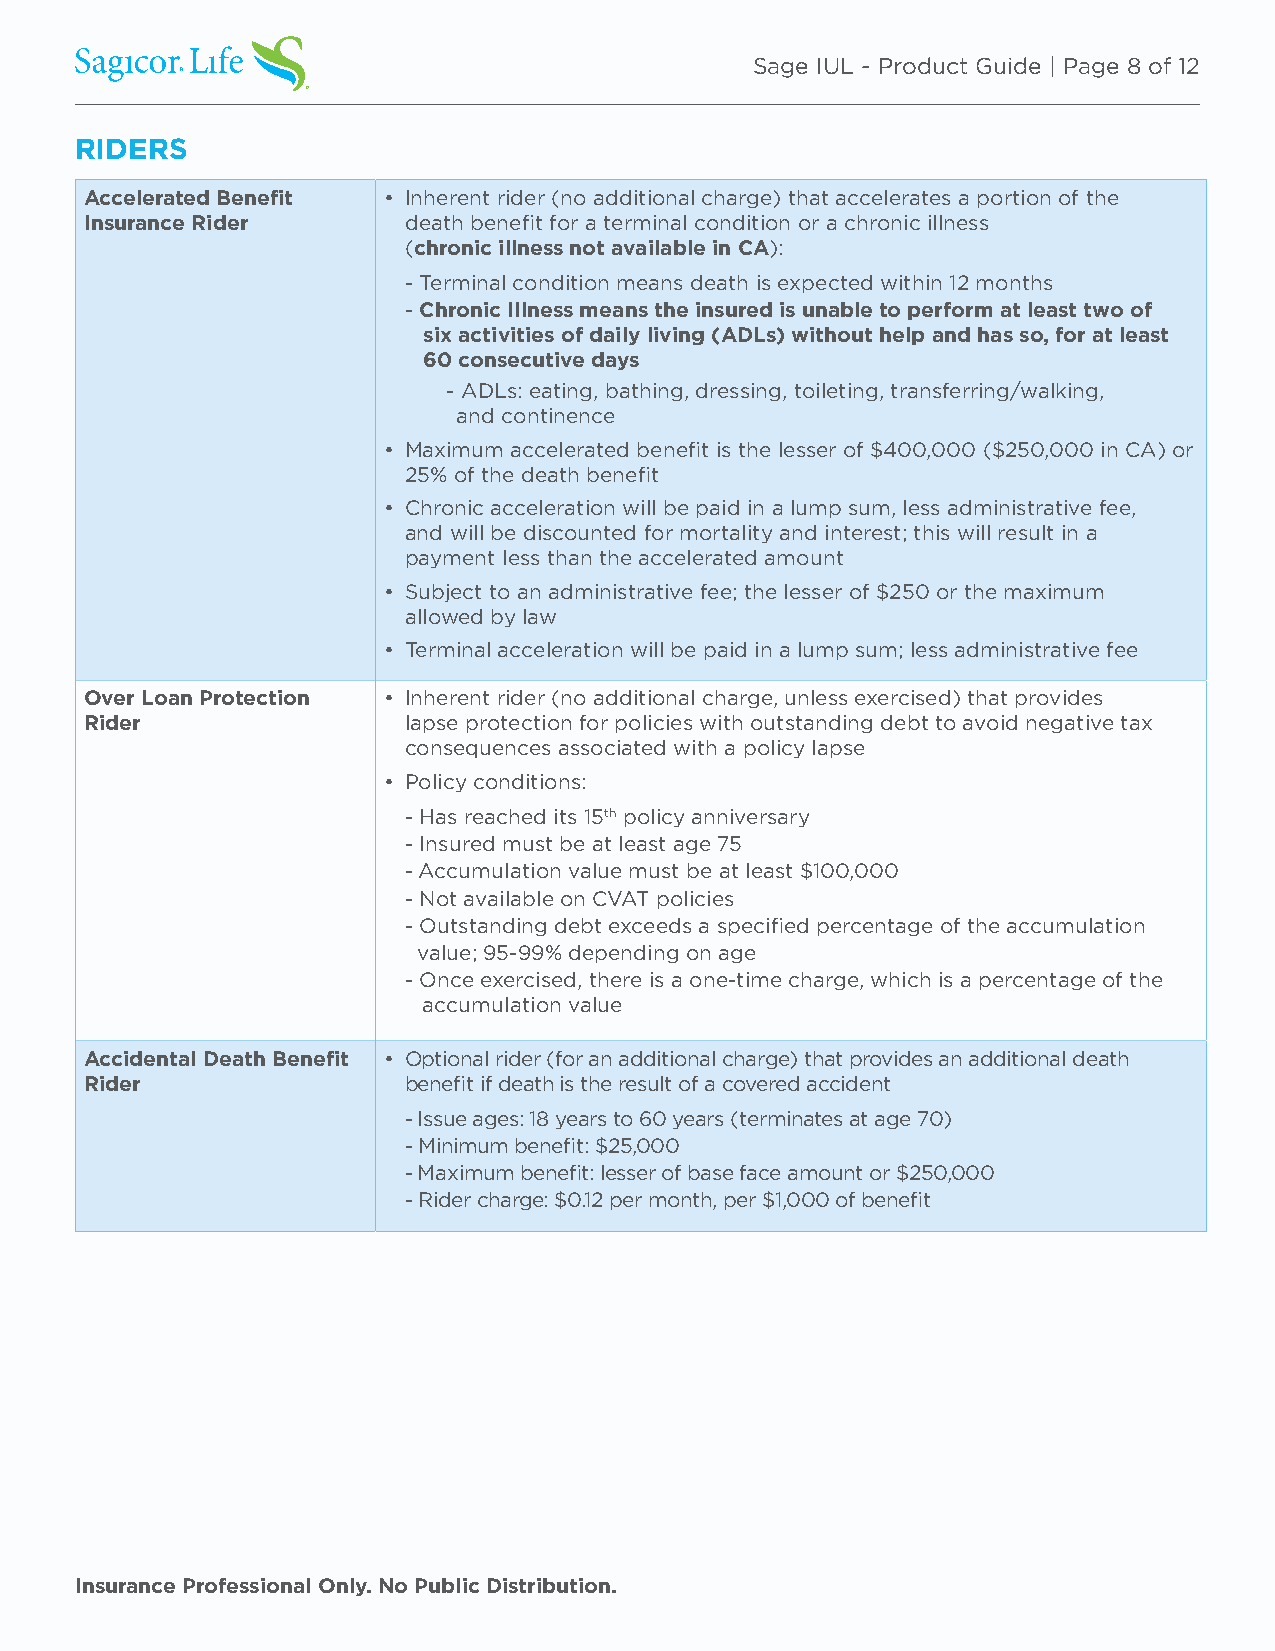
Sage IUL - Product Guide | Page 8 of 12
 RIDERS
 Accelerated Benefit • Inherent rider (no additional charge) that accelerates a portion of the
 Insurance Rider      death benefit for a terminal condition or a chronic illness
 (chronic illness not available in CA):
 - Terminal condition means death is expected within 12 months
 - Chronic Illness means the insured is unable to perform at least two of
 six activities of daily living (ADLs) without help and has so, for at least
 60 consecutive days
 - ADLs: eating, bathing, dressing, toileting, transferring/walking,
 and continence
 • Maximum accelerated benefit is the lesser of $400,000 ($250,000 in CA) or
 25% of the death benefit
 • Chronic acceleration will be paid in a lump sum, less administrative fee,
 and will be discounted for mortality and interest; this will result in a
 payment less than the accelerated amount
 • Subject to an administrative fee; the lesser of $250 or the maximum
 allowed by law
 • Terminal acceleration will be paid in a lump sum; less administrative fee
 Over Loan Protection • Inherent rider (no additional charge, unless exercised) that provides
 Rider                lapse protection for policies with outstanding debt to avoid negative tax
 consequences associated with a policy lapse
 • Policy conditions:
 - Has reached its 15th policy anniversary
 - Insured must be at least age 75
 - Accumulation value must be at least $100,000
 - Not available on CVAT policies
 - Outstanding debt exceeds a specified percentage of the accumulation
 value; 95-99% depending on age
 - Once exercised, there is a one-time charge, which is a percentage of the
 accumulation value
 Accidental Death Benefit • Optional rider (for an additional charge) that provides an additional death
 Rider                benefit if death is the result of a covered accident
 - Issue ages: 18 years to 60 years (terminates at age 70)
 - Minimum benefit: $25,000
 - Maximum benefit: lesser of base face amount or $250,000
 - Rider charge: $0.12 per month, per $1,000 of benefit
 Insurance Professional Only. No Public Distribution.